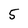
Character: 5